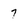
Character: 7